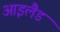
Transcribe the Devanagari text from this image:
आइलैड